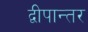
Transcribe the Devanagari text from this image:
द्वीपान्तर